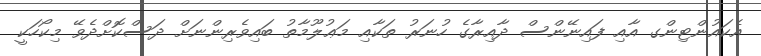
އެކައުންޓިންގ އާއި ފައިނޭންސް ދާއިރާގެ ހުނަރު ތަކާއި މަޢުލޫމާތު ބައިވެރިންނަށް ދަސްކޮށްދެވޭ މިކޯހަކީ